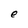
Character: e